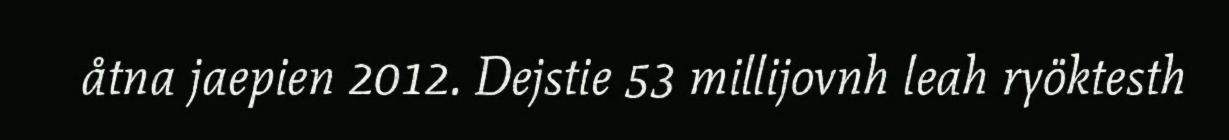
åtna jaepien 2012. Dejstie 53 millijovnh leah ryöktesth